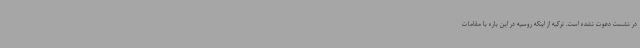
در نشست دعوت نشده است. ترکیه از اینکه روسیه در این باره با مقامات